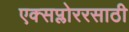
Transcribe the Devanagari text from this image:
एक्सप्लोररसाठी